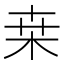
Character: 桒